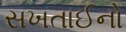
સખતાઈનો